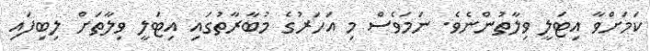
ކަމަށްވާ އިޓަލީ ވިލާތުންނެވެ. ނަމަވެސް މި އަހަރުގެ މުބާރާތުގައި އިޓަލީ ވިލާތަށް ލިބިފައި